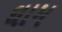
ઘામ